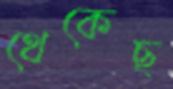
থেকেছ